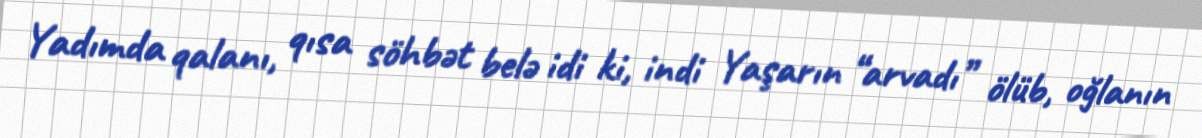
Yadımda qalanı, qısa söhbət belə idi ki, indi Yaşarın “arvadı” ölüb, oğlanın